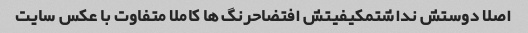
اصلا دوستش نداشتمکیفیتش افتضاحرنگ ها کاملا متفاوت با عکس سایت